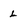
Character: L